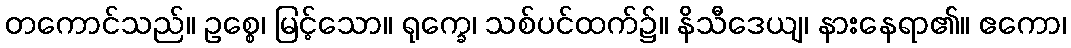
တကောင်သည်။ ဥစ္စေ၊ မြင့်သော။ ရုက္ခေ၊ သစ်ပင်ထက်၌။ နိသီဒေယျ၊ နားနေရာ၏။ ဧကော၊